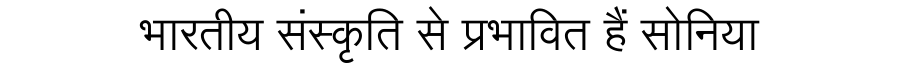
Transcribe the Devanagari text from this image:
भारतीय संस्कृति से प्रभावित हैं सोनिया